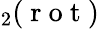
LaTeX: _2(\mathrm{~r~o~t~})